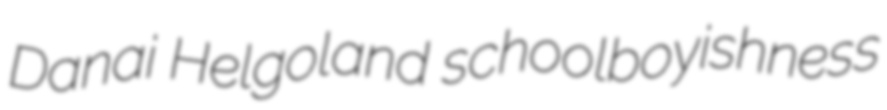
Danai Helgoland schoolboyishness